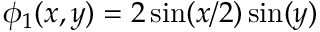
\phi _ { 1 } ( x , y ) = 2 \sin ( x / 2 ) \sin ( y )